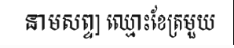
នាមសព្ទ] ឈ្មោះខែត្រមួយ